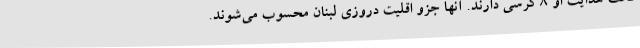
تحت هدایت او 8 کرسی دارند. آنها جزو اقلیت دروزی لبنان محسوب می‌شوند.